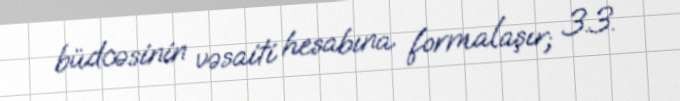
büdcəsinin vəsaiti hesabına formalaşır; 3.3.